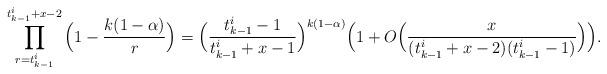
LaTeX: \begin{align*}\prod_{r=t^i_{k-1}}^{t^i_{k-1}+x-2}\Big(1-\frac{k(1-\alpha)}{r}\Big)=\Big(\frac{t^i_{k-1}-1}{t^i_{k-1}+x-1}\Big)^{k(1-\alpha)} \Big(1+O\Big(\frac{x}{(t^i_{k-1}+x-2)(t^i_{k-1}-1)}\Big)\Big).\end{align*}